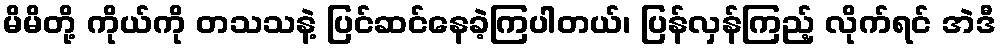
မိမိတို့ ကိုယ်ကို တသသနဲ့ ပြင်ဆင်နေခဲ့ကြပါတယ်၊ ပြန်လှန်ကြည့် လိုက်ရင် အဲဒီ